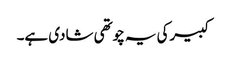
کبیرکی یہ چوتھی شادی ہے۔